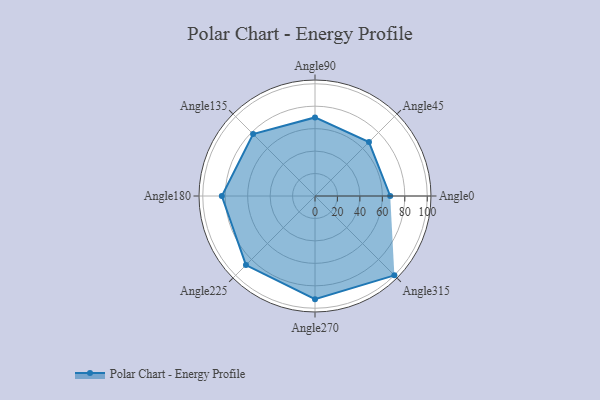
{"axis": {"x": "Angle", "y": "Radius"}, "legend": [""], "data": [{"x": "Angle0", "y": 67.0, "type": ""}, {"x": "Angle45", "y": 68.0, "type": ""}, {"x": "Angle90", "y": 70.0, "type": ""}, {"x": "Angle135", "y": 78.0, "type": ""}, {"x": "Angle180", "y": 83.0, "type": ""}, {"x": "Angle225", "y": 87.0, "type": ""}, {"x": "Angle270", "y": 92.0, "type": ""}, {"x": "Angle315", "y": 100.0, "type": ""}]}